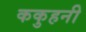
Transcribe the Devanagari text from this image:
ककुहनी